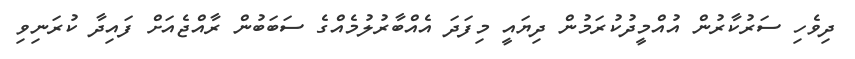
ދިވެހި ސަރުކާރުން އުއްމީދުކުރަމުން ދިޔައީ މިފަދަ އެއްބާރުލުމެއްގެ ސަބަބުން ރާއްޖެއަށް ފައިދާ ކުރަނިވި